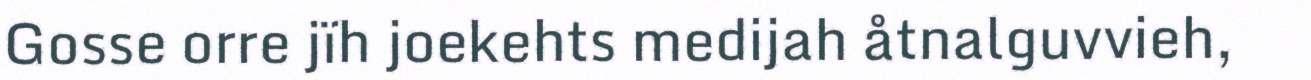
Gosse orre jïh joekehts medijah åtnalguvvieh,